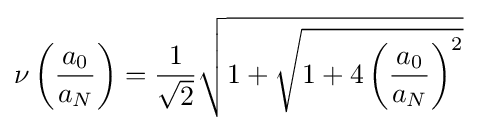
\nu \left({\frac {a_{0}}{a_{N}}}\right)={\frac {1}{\sqrt {2}}}{\sqrt {1+{\sqrt {1+4\left({\frac {a_{0}}{a_{N}}}\right)^{2}}}}}~